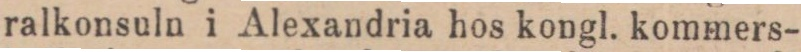
ralkonsuln i Alexandria hos kongl. kommers-